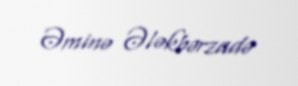
Əminə Ələkbərzadə